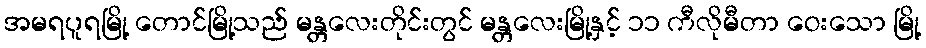
အမရပူရမြို့ တောင်မြို့သည် မန္တလေးတိုင်းတွင် မန္တလေးမြို့နှင့် ၁၁ ကီလိုမီတာ ဝေးသော မြို့